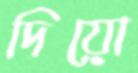
দিয়ো